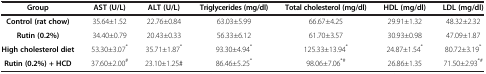
| Group | AST (U/L) | ALT (U/L) | Triglycerides (mg/dl) | Total cholesterol (mg/dl) | HDL (mg/dl) | LDL (mg/dl) |
 | --- | --- | --- | --- | --- | --- | --- |
 | Control (rat chow) | 35.64±1.52 | 22.76±0.84 | 63.03±5.99 | 66.67±4.25 | 29.91±1.32 | 48.32±2.32 |
 | Rutin (0.2%) | 34.40±0.79 | 20.43±0.33 | 56.33±6.12 | 61.70±3.57 | 30.93±0.98 | 47.09±1.87 |
 | High cholesterol diet | 53.30±3.07* | 35.71±1.87* | 93.30±4.94* | 125.33±13.94* | 24.87±1.54* | 80.72±3.19* |
 | Rutin (0.2%) + HCD | 37.60±2.00# | 23.10±1.25# | 86.46±5.25* | 98.06±7.06*# | 26.86±1.35 | 71.50±2.93*# |